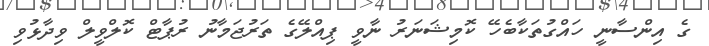
ގެ އިންސާނީ ހައްގުތަކާބެހޭ ކޮމިޝަނަރު ނާވީ ޕިއްލޭގެ ތަރުޖަމާނު ރުޕާޓް ކޮލްވީލް ވިދާޅުވި